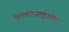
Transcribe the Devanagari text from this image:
चित्रकारसमूहातील